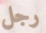
رجل